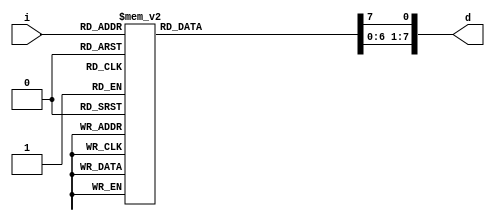
module Decoder3x8(
	input [2:0] i,
	output [7:0] d
);

	reg [7:0] d;

	always @( * ) begin
		d[0] = 1'b0;
        d[1] = 1'b0;
        d[2] = 1'b0;
        d[3] = 1'b0;
        d[4] = 1'b0;
        d[5] = 1'b0;
        d[6] = 1'b0;
        d[7] = 1'b0;
        case (i)
			3'd0: begin
				d[0] = 1'b1;
			end
			3'd1: begin
				d[1] = 1'b1;
			end
			3'd2: begin
				d[2] = 1'b1;
			end
			3'd3: begin
				d[3] = 1'b1;
			end
			3'd4: begin
				d[4] = 1'b1;
			end
			3'd5: begin
				d[5] = 1'b1;
			end
			3'd6: begin
				d[6] = 1'b1;
			end
			3'd7: begin
				d[7] = 1'b1;
			end
		endcase
	end

endmodule